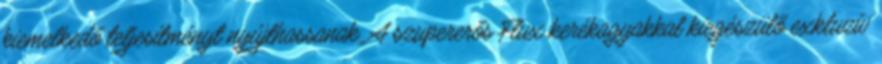
kiemelkedő teljesítményt nyújthassanak. A szupererős Flux kerékagyakkal kiegészülő exkluzív